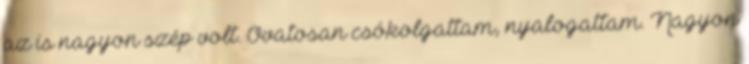
az is nagyon szép volt. Óvatosan csókolgattam, nyalogattam. Nagyon